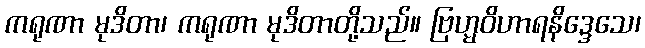
ကရုဏာ မုဒိတာ၊ ကရုဏာ မုဒိတာတို့သည်။ ဗြဟ္မဝိဟာရနိဒ္ဒေသေ၊